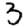
Digit: 3